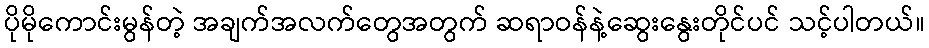
ပိုမိုကောင်းမွန်တဲ့ အချက်အလက်တွေအတွက် ဆရာဝန်နဲ့ဆွေးနွေးတိုင်ပင် သင့်ပါတယ်။